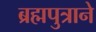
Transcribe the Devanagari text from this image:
ब्रह्मपुत्राने